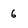
Character: 6